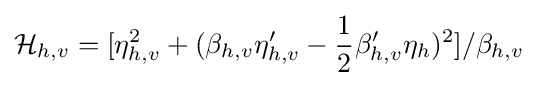
{\mathcal {H}}_{h,v}=[\eta _{h,v}^{2}+(\beta _{h,v}\eta '_{h,v}-{\frac {1}{2}}\beta '_{h,v}\eta _{h})^{2}]/\beta _{h,v}